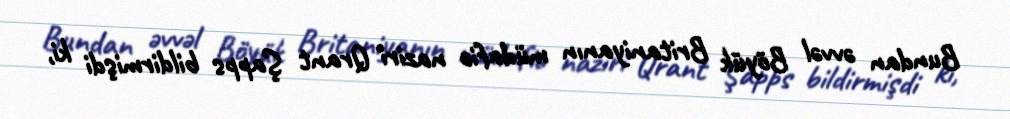
Bundan əvvəl Böyük Britaniyanın müdafiə naziri Qrant Şapps bildirmişdi ki,